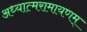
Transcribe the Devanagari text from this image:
अध्यात्मरामायणम्